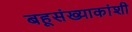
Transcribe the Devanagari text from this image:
बहूसंख्याकांशी